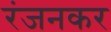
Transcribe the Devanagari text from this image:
रंजनकर